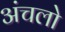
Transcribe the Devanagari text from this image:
अंचलो